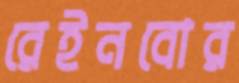
রেইনবোর